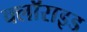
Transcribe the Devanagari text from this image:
क्लॉराइड